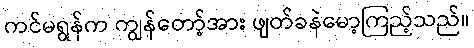
ကင်မရွန်က ကျွန်တော့်အား ဖျတ်ခနဲမော့ကြည့်သည်။